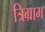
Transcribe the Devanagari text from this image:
त्रिग्राम